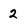
Character: 2